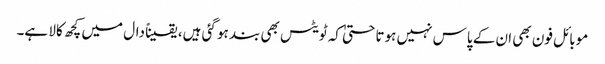
موبائل فون بھی ان کے پاس نہیں ہوتا حتیٰ کہ ٹویٹس بھی بند ہو گئی ہیں، یقیناً دال میں کچھ کالا ہے۔